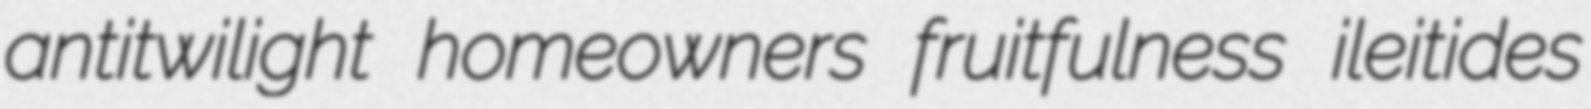
antitwilight homeowners fruitfulness ileitides